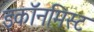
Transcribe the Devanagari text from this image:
इकॉनमिस्ट